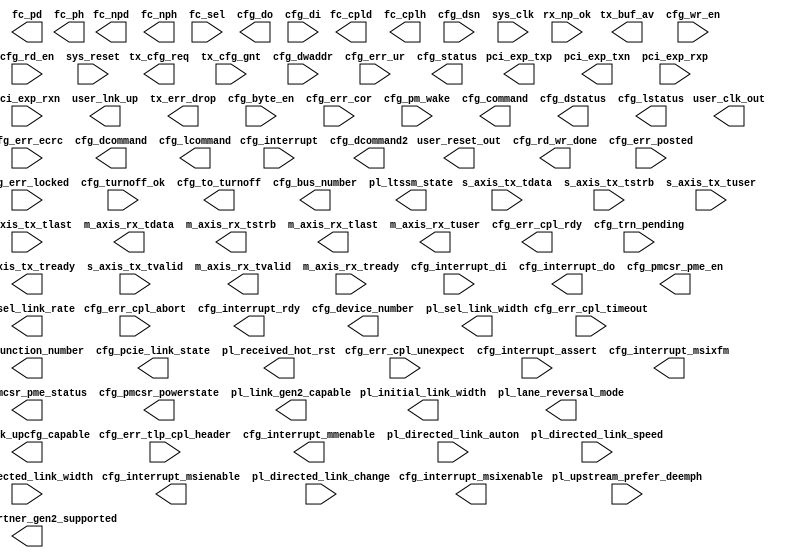
//-----------------------------------------------------------------------------
//
// (c) Copyright 2009-2010 Xilinx, Inc. All rights reserved.
//
// This file contains confidential and proprietary information
// of Xilinx, Inc. and is protected under U.S. and
// international copyright and other intellectual property
// laws.
//
// DISCLAIMER
// This disclaimer is not a license and does not grant any
// rights to the materials distributed herewith. Except as
// otherwise provided in a valid license issued to you by
// Xilinx, and to the maximum extent permitted by applicable
// law: (1) THESE MATERIALS ARE MADE AVAILABLE "AS IS" AND
// WITH ALL FAULTS, AND XILINX HEREBY DISCLAIMS ALL WARRANTIES
// AND CONDITIONS, EXPRESS, IMPLIED, OR STATUTORY, INCLUDING
// BUT NOT LIMITED TO WARRANTIES OF MERCHANTABILITY, NON-
// INFRINGEMENT, OR FITNESS FOR ANY PARTICULAR PURPOSE; and
// (2) Xilinx shall not be liable (whether in contract or tort,
// including negligence, or under any other theory of
// liability) for any loss or damage of any kind or nature
// related to, arising under or in connection with these
// materials, including for any direct, or any indirect,
// special, incidental, or consequential loss or damage
// (including loss of data, profits, goodwill, or any type of
// loss or damage suffered as a result of any action brought
// by a third party) even if such damage or loss was
// reasonably foreseeable or Xilinx had been advised of the
// possibility of the same.
//
// CRITICAL APPLICATIONS
// Xilinx products are not designed or intended to be fail-
// safe, or for use in any application requiring fail-safe
// performance, such as life-support or safety devices or
// systems, Class III medical devices, nuclear facilities,
// applications related to the deployment of airbags, or any
// other applications that could lead to death, personal
// injury, or severe property or environmental damage
// (individually and collectively, "Critical
// Applications"). Customer assumes the sole risk and
// liability of any use of Xilinx products in Critical
// Applications, subject only to applicable laws and
// regulations governing limitations on product liability.
//
// THIS COPYRIGHT NOTICE AND DISCLAIMER MUST BE RETAINED AS
// PART OF THIS FILE AT ALL TIMES.
//
//-----------------------------------------------------------------------------
// Project    : Virtex-6 Integrated Block for PCI Express
// Version    : 2.1
//--
//-- Description: Virtex6 solution wrapper : Endpoint for PCI Express
//--
//--
//--
//--------------------------------------------------------------------------------

`timescale 1ns/1ns

(* CORE_GENERATION_INFO = "v6_pcie_v2_2,v6_pcie_v2_2,{LINK_CAP_MAX_LINK_SPEED=2,LINK_CAP_MAX_LINK_WIDTH=04,PCIE_CAP_DEVICE_PORT_TYPE=0000,DEV_CAP_MAX_PAYLOAD_SUPPORTED=2,USER_CLK_FREQ=3,REF_CLK_FREQ=2,MSI_CAP_ON=TRUE,MSI_CAP_MULTIMSGCAP=0,MSI_CAP_MULTIMSG_EXTENSION=0,MSIX_CAP_ON=FALSE,TL_TX_RAM_RADDR_LATENCY=0,TL_TX_RAM_RDATA_LATENCY=2,TL_RX_RAM_RADDR_LATENCY=0,TL_RX_RAM_RDATA_LATENCY=2,TL_RX_RAM_WRITE_LATENCY=0,VC0_TX_LASTPACKET=29,VC0_RX_RAM_LIMIT=7FF,VC0_TOTAL_CREDITS_PH=32,VC0_TOTAL_CREDITS_PD=308,VC0_TOTAL_CREDITS_NPH=12,VC0_TOTAL_CREDITS_CH=36,VC0_TOTAL_CREDITS_CD=308,VC0_CPL_INFINITE=TRUE,DEV_CAP_PHANTOM_FUNCTIONS_SUPPORT=0,DEV_CAP_EXT_TAG_SUPPORTED=FALSE,LINK_STATUS_SLOT_CLOCK_CONFIG=FALSE,ENABLE_RX_TD_ECRC_TRIM=FALSE,DISABLE_LANE_REVERSAL=TRUE,DISABLE_SCRAMBLING=FALSE,DSN_CAP_ON=TRUE,PIPE_PIPELINE_STAGES=0,REVISION_ID=03,VC_CAP_ON=FALSE}" *)
(* box_type="user_black_box" *)
module v6_pcie_v2_2 # (
  parameter        ALLOW_X8_GEN2 = "FALSE",
  parameter        BAR0 = 32'hFF000000,
  parameter        BAR1 = 32'hFFFF0000,
  parameter        BAR2 = 32'h00000000,
  parameter        BAR3 = 32'h00000000,
  parameter        BAR4 = 32'h00000000,
  parameter        BAR5 = 32'h00000000,

  parameter        CARDBUS_CIS_POINTER = 32'h00000000,
  parameter        CLASS_CODE = 24'h050000,
  parameter        CMD_INTX_IMPLEMENTED = "TRUE",
  parameter        CPL_TIMEOUT_DISABLE_SUPPORTED = "FALSE",
  parameter        CPL_TIMEOUT_RANGES_SUPPORTED = 4'h2,

  parameter        DEV_CAP_ENDPOINT_L0S_LATENCY = 0,
  parameter        DEV_CAP_ENDPOINT_L1_LATENCY = 7,
  parameter        DEV_CAP_EXT_TAG_SUPPORTED = "FALSE",
  parameter        DEV_CAP_MAX_PAYLOAD_SUPPORTED = 2,
  parameter        DEV_CAP_PHANTOM_FUNCTIONS_SUPPORT = 0,
  parameter        DEVICE_ID = 16'h4243,

  parameter        DISABLE_LANE_REVERSAL = "TRUE",
  parameter        DISABLE_SCRAMBLING = "FALSE",
  parameter        DSN_BASE_PTR = 12'h100,
  parameter        DSN_CAP_NEXTPTR = 12'h000,
  parameter        DSN_CAP_ON = "TRUE",

  parameter        ENABLE_MSG_ROUTE = 11'b00000000000,
  parameter        ENABLE_RX_TD_ECRC_TRIM = "FALSE",
  parameter        EXPANSION_ROM = 32'h00000000,
  parameter        EXT_CFG_CAP_PTR = 6'h3F,
  parameter        EXT_CFG_XP_CAP_PTR = 10'h3FF,
  parameter        HEADER_TYPE = 8'h00,
  parameter        INTERRUPT_PIN = 8'h1,

  parameter        LINK_CAP_DLL_LINK_ACTIVE_REPORTING_CAP = "FALSE",
  parameter        LINK_CAP_LINK_BANDWIDTH_NOTIFICATION_CAP = "FALSE",
  parameter        LINK_CAP_MAX_LINK_SPEED = 4'h2,
  parameter        LINK_CAP_MAX_LINK_WIDTH = 6'h04,
  parameter        LINK_CAP_SURPRISE_DOWN_ERROR_CAPABLE = "FALSE",

  parameter        LINK_CTRL2_DEEMPHASIS = "FALSE",
  parameter        LINK_CTRL2_HW_AUTONOMOUS_SPEED_DISABLE = "FALSE",
  parameter        LINK_CTRL2_TARGET_LINK_SPEED = 4'h2,
  parameter        LINK_STATUS_SLOT_CLOCK_CONFIG = "FALSE",

  parameter        LL_ACK_TIMEOUT = 15'h0000,
  parameter        LL_ACK_TIMEOUT_EN = "FALSE",
  parameter        LL_ACK_TIMEOUT_FUNC = 0,
  parameter        LL_REPLAY_TIMEOUT = 15'h0026,
  parameter        LL_REPLAY_TIMEOUT_EN = "TRUE",
  parameter        LL_REPLAY_TIMEOUT_FUNC = 1,

  parameter        LTSSM_MAX_LINK_WIDTH = 6'h04,
  parameter        MSI_CAP_MULTIMSGCAP = 0,
  parameter        MSI_CAP_MULTIMSG_EXTENSION = 0,
  parameter        MSI_CAP_ON = "TRUE",
  parameter        MSI_CAP_PER_VECTOR_MASKING_CAPABLE = "FALSE",
  parameter        MSI_CAP_64_BIT_ADDR_CAPABLE = "TRUE",

  parameter        MSIX_CAP_ON = "FALSE",
  parameter        MSIX_CAP_PBA_BIR = 0,
  parameter        MSIX_CAP_PBA_OFFSET = 29'h0,
  parameter        MSIX_CAP_TABLE_BIR = 0,
  parameter        MSIX_CAP_TABLE_OFFSET = 29'h0,
  parameter        MSIX_CAP_TABLE_SIZE = 11'h000,

  parameter        PCIE_CAP_DEVICE_PORT_TYPE = 4'b0000,
  parameter        PCIE_CAP_INT_MSG_NUM = 5'h1,
  parameter        PCIE_CAP_NEXTPTR = 8'h00,
  parameter        PCIE_DRP_ENABLE = "FALSE",
  parameter        PIPE_PIPELINE_STAGES = 0,                // 0 - 0 stages, 1 - 1 stage, 2 - 2 stages

  parameter        PM_CAP_DSI = "FALSE",
  parameter        PM_CAP_D1SUPPORT = "FALSE",
  parameter        PM_CAP_D2SUPPORT = "FALSE",
  parameter        PM_CAP_NEXTPTR = 8'h48,
  parameter        PM_CAP_PMESUPPORT = 5'h0F,
  parameter        PM_CSR_NOSOFTRST = "TRUE",

  parameter        PM_DATA_SCALE0 = 2'h0,
  parameter        PM_DATA_SCALE1 = 2'h0,
  parameter        PM_DATA_SCALE2 = 2'h0,
  parameter        PM_DATA_SCALE3 = 2'h0,
  parameter        PM_DATA_SCALE4 = 2'h0,
  parameter        PM_DATA_SCALE5 = 2'h0,
  parameter        PM_DATA_SCALE6 = 2'h0,
  parameter        PM_DATA_SCALE7 = 2'h0,

  parameter        PM_DATA0 = 8'h00,
  parameter        PM_DATA1 = 8'h00,
  parameter        PM_DATA2 = 8'h00,
  parameter        PM_DATA3 = 8'h00,
  parameter        PM_DATA4 = 8'h00,
  parameter        PM_DATA5 = 8'h00,
  parameter        PM_DATA6 = 8'h00,
  parameter        PM_DATA7 = 8'h00,

  parameter        REF_CLK_FREQ = 2,                        // 0 - 100 MHz, 1 - 125 MHz, 2 - 250 MHz
  parameter        REVISION_ID = 8'h03,
  parameter        SPARE_BIT0 = 0,
  parameter        SUBSYSTEM_ID = 16'h0007,
  parameter        SUBSYSTEM_VENDOR_ID = 16'h10EE,

  parameter        TL_RX_RAM_RADDR_LATENCY = 0,
  parameter        TL_RX_RAM_RDATA_LATENCY = 2,
  parameter        TL_RX_RAM_WRITE_LATENCY = 0,
  parameter        TL_TX_RAM_RADDR_LATENCY = 0,
  parameter        TL_TX_RAM_RDATA_LATENCY = 2,
  parameter        TL_TX_RAM_WRITE_LATENCY = 0,

  parameter        UPCONFIG_CAPABLE = "TRUE",
  parameter        USER_CLK_FREQ = 3,
  parameter        VC_BASE_PTR = 12'h0,
  parameter        VC_CAP_NEXTPTR = 12'h000,
  parameter        VC_CAP_ON = "FALSE",
  parameter        VC_CAP_REJECT_SNOOP_TRANSACTIONS = "FALSE",

  parameter        VC0_CPL_INFINITE = "TRUE",
  parameter        VC0_RX_RAM_LIMIT = 13'h7FF,
  parameter        VC0_TOTAL_CREDITS_CD = 308,
  parameter        VC0_TOTAL_CREDITS_CH = 36,
  parameter        VC0_TOTAL_CREDITS_NPH = 12,
  parameter        VC0_TOTAL_CREDITS_PD = 308,
  parameter        VC0_TOTAL_CREDITS_PH = 32,
  parameter        VC0_TX_LASTPACKET = 29,

  parameter        VENDOR_ID = 16'h10EE,
  parameter        VSEC_BASE_PTR = 12'h0,
  parameter        VSEC_CAP_NEXTPTR = 12'h000,
  parameter        VSEC_CAP_ON = "FALSE",

  parameter        AER_BASE_PTR = 12'h128,
  parameter        AER_CAP_ECRC_CHECK_CAPABLE = "FALSE",
  parameter        AER_CAP_ECRC_GEN_CAPABLE = "FALSE",
  parameter        AER_CAP_ID = 16'h0001,
  parameter        AER_CAP_INT_MSG_NUM_MSI = 5'h0a,
  parameter        AER_CAP_INT_MSG_NUM_MSIX = 5'h15,
  parameter        AER_CAP_NEXTPTR = 12'h160,
  parameter        AER_CAP_ON = "FALSE",
  parameter        AER_CAP_PERMIT_ROOTERR_UPDATE = "TRUE",
  parameter        AER_CAP_VERSION = 4'h1,

  parameter        CAPABILITIES_PTR = 8'h40,
  parameter        CRM_MODULE_RSTS = 7'h00,
  parameter        DEV_CAP_ENABLE_SLOT_PWR_LIMIT_SCALE = "TRUE",
  parameter        DEV_CAP_ENABLE_SLOT_PWR_LIMIT_VALUE = "TRUE",
  parameter        DEV_CAP_FUNCTION_LEVEL_RESET_CAPABLE = "FALSE",
  parameter        DEV_CAP_ROLE_BASED_ERROR = "TRUE",
  parameter        DEV_CAP_RSVD_14_12 = 0,
  parameter        DEV_CAP_RSVD_17_16 = 0,
  parameter        DEV_CAP_RSVD_31_29 = 0,
  parameter        DEV_CONTROL_AUX_POWER_SUPPORTED = "FALSE",

  parameter        DISABLE_ASPM_L1_TIMER = "FALSE",
  parameter        DISABLE_BAR_FILTERING = "FALSE",
  parameter        DISABLE_ID_CHECK = "FALSE",
  parameter        DISABLE_RX_TC_FILTER = "FALSE",
  parameter        DNSTREAM_LINK_NUM = 8'h00,

  parameter        DSN_CAP_ID = 16'h0003,
  parameter        DSN_CAP_VERSION = 4'h1,
  parameter        ENTER_RVRY_EI_L0 = "TRUE",
  parameter        INFER_EI = 5'h0c,
  parameter        IS_SWITCH = "FALSE",

  parameter        LAST_CONFIG_DWORD = 10'h3FF,
  parameter        LINK_CAP_ASPM_SUPPORT = 1,
  parameter        LINK_CAP_CLOCK_POWER_MANAGEMENT = "FALSE",
  parameter        LINK_CAP_L0S_EXIT_LATENCY_COMCLK_GEN1 = 7,
  parameter        LINK_CAP_L0S_EXIT_LATENCY_COMCLK_GEN2 = 7,
  parameter        LINK_CAP_L0S_EXIT_LATENCY_GEN1 = 7,
  parameter        LINK_CAP_L0S_EXIT_LATENCY_GEN2 = 7,
  parameter        LINK_CAP_L1_EXIT_LATENCY_COMCLK_GEN1 = 7,
  parameter        LINK_CAP_L1_EXIT_LATENCY_COMCLK_GEN2 = 7,
  parameter        LINK_CAP_L1_EXIT_LATENCY_GEN1 = 7,
  parameter        LINK_CAP_L1_EXIT_LATENCY_GEN2 = 7,
  parameter        LINK_CAP_RSVD_23_22 = 0,
  parameter        LINK_CONTROL_RCB = 0,

  parameter        MSI_BASE_PTR = 8'h48,
  parameter        MSI_CAP_ID = 8'h05,
  parameter        MSI_CAP_NEXTPTR = 8'h60,
  parameter        MSIX_BASE_PTR = 8'h9c,
  parameter        MSIX_CAP_ID = 8'h11,
  parameter        MSIX_CAP_NEXTPTR = 8'h00,
  parameter        N_FTS_COMCLK_GEN1 = 255,
  parameter        N_FTS_COMCLK_GEN2 = 254,
  parameter        N_FTS_GEN1 = 255,
  parameter        N_FTS_GEN2 = 255,

  parameter        PCIE_BASE_PTR = 8'h60,
  parameter        PCIE_CAP_CAPABILITY_ID = 8'h10,
  parameter        PCIE_CAP_CAPABILITY_VERSION = 4'h2,
  parameter        PCIE_CAP_ON = "TRUE",
  parameter        PCIE_CAP_RSVD_15_14 = 0,
  parameter        PCIE_CAP_SLOT_IMPLEMENTED = "FALSE",
  parameter        PCIE_REVISION = 2,
  parameter        PGL0_LANE = 0,
  parameter        PGL1_LANE = 1,
  parameter        PGL2_LANE = 2,
  parameter        PGL3_LANE = 3,
  parameter        PGL4_LANE = 4,
  parameter        PGL5_LANE = 5,
  parameter        PGL6_LANE = 6,
  parameter        PGL7_LANE = 7,
  parameter        PL_AUTO_CONFIG = 0,
  parameter        PL_FAST_TRAIN = "FALSE",

  parameter        PM_BASE_PTR = 8'h40,
  parameter        PM_CAP_AUXCURRENT = 0,
  parameter        PM_CAP_ID = 8'h01,
  parameter        PM_CAP_ON = "TRUE",
  parameter        PM_CAP_PME_CLOCK = "FALSE",
  parameter        PM_CAP_RSVD_04 = 0,
  parameter        PM_CAP_VERSION = 3,
  parameter        PM_CSR_BPCCEN = "FALSE",
  parameter        PM_CSR_B2B3 = "FALSE",

  parameter        RECRC_CHK = 0,
  parameter        RECRC_CHK_TRIM = "FALSE",
  parameter        ROOT_CAP_CRS_SW_VISIBILITY = "FALSE",
  parameter        SELECT_DLL_IF = "FALSE",
  parameter        SLOT_CAP_ATT_BUTTON_PRESENT = "FALSE",
  parameter        SLOT_CAP_ATT_INDICATOR_PRESENT = "FALSE",
  parameter        SLOT_CAP_ELEC_INTERLOCK_PRESENT = "FALSE",
  parameter        SLOT_CAP_HOTPLUG_CAPABLE = "FALSE",
  parameter        SLOT_CAP_HOTPLUG_SURPRISE = "FALSE",
  parameter        SLOT_CAP_MRL_SENSOR_PRESENT = "FALSE",
  parameter        SLOT_CAP_NO_CMD_COMPLETED_SUPPORT = "FALSE",
  parameter        SLOT_CAP_PHYSICAL_SLOT_NUM = 13'h0000,
  parameter        SLOT_CAP_POWER_CONTROLLER_PRESENT = "FALSE",
  parameter        SLOT_CAP_POWER_INDICATOR_PRESENT = "FALSE",
  parameter        SLOT_CAP_SLOT_POWER_LIMIT_SCALE = 0,
  parameter        SLOT_CAP_SLOT_POWER_LIMIT_VALUE = 8'h00,
  parameter        SPARE_BIT1 = 0,
  parameter        SPARE_BIT2 = 0,
  parameter        SPARE_BIT3 = 0,
  parameter        SPARE_BIT4 = 0,
  parameter        SPARE_BIT5 = 0,
  parameter        SPARE_BIT6 = 0,
  parameter        SPARE_BIT7 = 0,
  parameter        SPARE_BIT8 = 0,
  parameter        SPARE_BYTE0 = 8'h00,
  parameter        SPARE_BYTE1 = 8'h00,
  parameter        SPARE_BYTE2 = 8'h00,
  parameter        SPARE_BYTE3 = 8'h00,
  parameter        SPARE_WORD0 = 32'h00000000,
  parameter        SPARE_WORD1 = 32'h00000000,
  parameter        SPARE_WORD2 = 32'h00000000,
  parameter        SPARE_WORD3 = 32'h00000000,

  parameter        TL_RBYPASS = "FALSE",
  parameter        TL_TFC_DISABLE = "FALSE",
  parameter        TL_TX_CHECKS_DISABLE = "FALSE",
  parameter        EXIT_LOOPBACK_ON_EI  = "TRUE",
  parameter        UPSTREAM_FACING = "TRUE",
  parameter        UR_INV_REQ = "TRUE",

  parameter        VC_CAP_ID = 16'h0002,
  parameter        VC_CAP_VERSION = 4'h1,
  parameter        VSEC_CAP_HDR_ID = 16'h1234,
  parameter        VSEC_CAP_HDR_LENGTH = 12'h018,
  parameter        VSEC_CAP_HDR_REVISION = 4'h1,
  parameter        VSEC_CAP_ID = 16'h000b,
  parameter        VSEC_CAP_IS_LINK_VISIBLE = "TRUE",
  parameter        VSEC_CAP_VERSION = 4'h1
)
(
  //-------------------------------------------------------
  // 1. PCI Express (pci_exp) Interface
  //-------------------------------------------------------

  // Tx
  output  [(LINK_CAP_MAX_LINK_WIDTH - 1):0]     pci_exp_txp,
  output  [(LINK_CAP_MAX_LINK_WIDTH - 1):0]     pci_exp_txn,

  // Rx
  input   [(LINK_CAP_MAX_LINK_WIDTH - 1):0]     pci_exp_rxp,
  input   [(LINK_CAP_MAX_LINK_WIDTH - 1):0]     pci_exp_rxn,

  //-------------------------------------------------------
  // 2. AXI-S Interface
  //-------------------------------------------------------

  // Common
  output                                        user_clk_out,
  output                                        user_reset_out,
  output                                        user_lnk_up,

  // Tx
  output  [5:0]                                 tx_buf_av,
  output                                        tx_err_drop,
  output                                        tx_cfg_req,
  output                                        s_axis_tx_tready,
  input  [63:0]                                 s_axis_tx_tdata,
  input  [7:0]                                  s_axis_tx_tstrb,
  input  [3:0]                                  s_axis_tx_tuser,
  input                                         s_axis_tx_tlast,
  input                                         s_axis_tx_tvalid,
  input                                         tx_cfg_gnt,

  // Rx
  output  [63:0]                                m_axis_rx_tdata,
  output  [7:0]                                 m_axis_rx_tstrb,
  output                                        m_axis_rx_tlast,
  output                                        m_axis_rx_tvalid,
  input                                         m_axis_rx_tready,
  output    [21:0]                              m_axis_rx_tuser,
  input                                         rx_np_ok,

  // Flow Control
  output [11:0]                                 fc_cpld,
  output  [7:0]                                 fc_cplh,
  output [11:0]                                 fc_npd,
  output  [7:0]                                 fc_nph,
  output [11:0]                                 fc_pd,
  output  [7:0]                                 fc_ph,
  input   [2:0]                                 fc_sel,


  //-------------------------------------------------------
  // 3. Configuration (CFG) Interface
  //-------------------------------------------------------

  output [31:0]                                 cfg_do,
  output                                        cfg_rd_wr_done,
  input  [31:0]                                 cfg_di,
  input   [3:0]                                 cfg_byte_en,
  input   [9:0]                                 cfg_dwaddr,
  input                                         cfg_wr_en,
  input                                         cfg_rd_en,

  input                                         cfg_err_cor,
  input                                         cfg_err_ur,
  input                                         cfg_err_ecrc,
  input                                         cfg_err_cpl_timeout,
  input                                         cfg_err_cpl_abort,
  input                                         cfg_err_cpl_unexpect,
  input                                         cfg_err_posted,
  input                                         cfg_err_locked,
  input  [47:0]                                 cfg_err_tlp_cpl_header,
  output                                        cfg_err_cpl_rdy,
  input                                         cfg_interrupt,
  output                                        cfg_interrupt_rdy,
  input                                         cfg_interrupt_assert,
  input  [7:0]                                  cfg_interrupt_di,
  output [7:0]                                  cfg_interrupt_do,
  output [2:0]                                  cfg_interrupt_mmenable,
  output                                        cfg_interrupt_msienable,
  output                                        cfg_interrupt_msixenable,
  output                                        cfg_interrupt_msixfm,
  input                                         cfg_turnoff_ok,
  output                                        cfg_to_turnoff,
  input                                         cfg_trn_pending,
  input                                         cfg_pm_wake,
  output  [7:0]                                 cfg_bus_number,
  output  [4:0]                                 cfg_device_number,
  output  [2:0]                                 cfg_function_number,
  output [15:0]                                 cfg_status,
  output [15:0]                                 cfg_command,
  output [15:0]                                 cfg_dstatus,
  output [15:0]                                 cfg_dcommand,
  output [15:0]                                 cfg_lstatus,
  output [15:0]                                 cfg_lcommand,
  output [15:0]                                 cfg_dcommand2,
  output  [2:0]                                 cfg_pcie_link_state,
  input  [63:0]                                 cfg_dsn,
  output                                        cfg_pmcsr_pme_en,
  output                                        cfg_pmcsr_pme_status,
  output  [1:0]                                 cfg_pmcsr_powerstate,

  //-------------------------------------------------------
  // 4. Physical Layer Control and Status (PL) Interface
  //-------------------------------------------------------

  output [2:0]                                  pl_initial_link_width,
  output [1:0]                                  pl_lane_reversal_mode,
  output                                        pl_link_gen2_capable,
  output                                        pl_link_partner_gen2_supported,
  output                                        pl_link_upcfg_capable,
  output [5:0]                                  pl_ltssm_state,
  output                                        pl_received_hot_rst,
  output                                        pl_sel_link_rate,
  output [1:0]                                  pl_sel_link_width,
  input                                         pl_directed_link_auton,
  input  [1:0]                                  pl_directed_link_change,
  input                                         pl_directed_link_speed,
  input  [1:0]                                  pl_directed_link_width,
  input                                         pl_upstream_prefer_deemph,

  //-------------------------------------------------------
  // 5. System  (SYS) Interface
  //-------------------------------------------------------

  input                                         sys_clk,
  input                                         sys_reset


);

endmodule